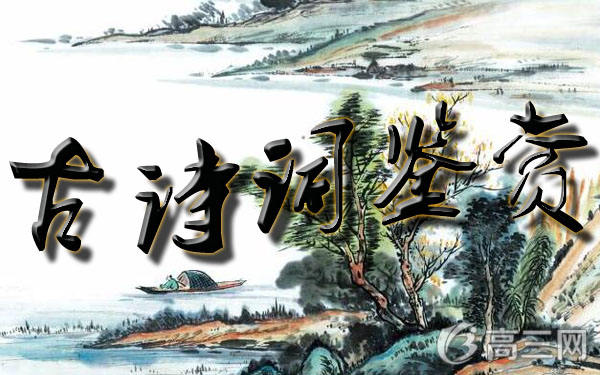
鱼书经岁绝，烛泪流残月。